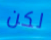
لكن